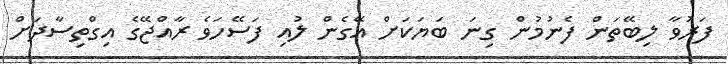
ފަރުވާ ލިބޭތަން ފެނުމުން ގިނަ ބަޔަކަށް އޭގެން ލުއި ފަސޭހަވެ ރާއްޖޭގެ އިގްތިސާދަށް